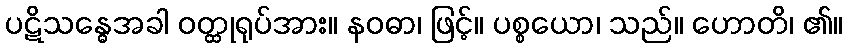
ပဋိသန္ဓေအခါ ဝတ္ထုရုပ်အား။ နဝဓာ၊ ဖြင့်။ ပစ္စယော၊ သည်။ ဟောတိ၊ ၏။